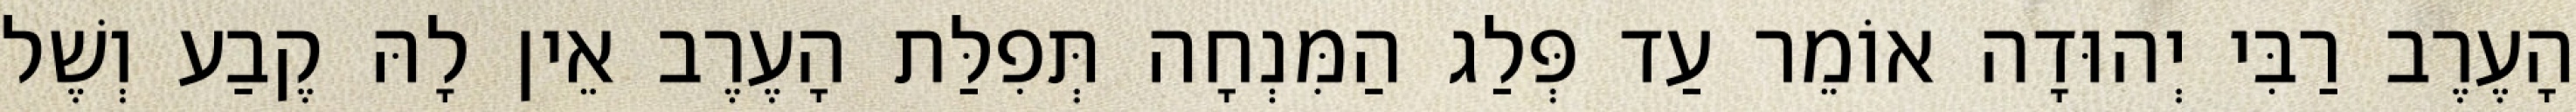
הָעֶרֶב רַבִּי יְהוּדָה אוֹמֵר עַד פְּלַג הַמִּנְחָה תְּפִלַּת הָעֶרֶב אֵין לָהּ קֶבַע וְשֶׁל